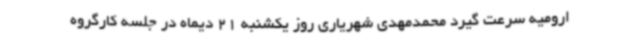
ارومیه سرعت گیرد محمدمهدی شهریاری روز یکشنبه 21 دیماه در جلسه کارگروه